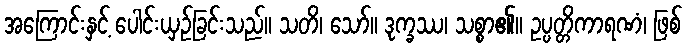
အကြောင်းနှင့် ပေါင်းယှဉ်ခြင်းသည်။ သတိ၊ သော်။ ဒုက္ခဿ၊ သစ္စာ၏။ ဥပ္ပတ္တိကာရဏံ၊ ဖြစ်